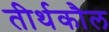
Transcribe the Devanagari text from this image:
तीर्थकौल